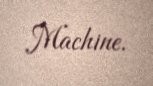
Machine.